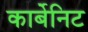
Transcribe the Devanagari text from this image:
कार्बेनिट